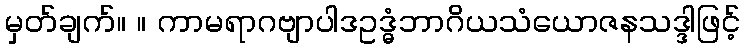
မှတ်ချက်။ ။ ကာမရာဂဗျာပါဒဥဒ္ဓံဘာဂိယသံယောဇနသဒ္ဒါဖြင့်